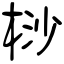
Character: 桫